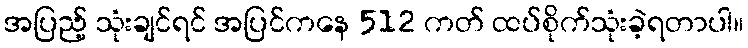
အပြည့် သုံးချင်ရင် အပြင်ကနေ 512 ကတ် ထပ်စိုက်သုံးခဲ့ရတာပါ။